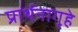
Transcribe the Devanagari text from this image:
प्रार्थनागृहे